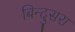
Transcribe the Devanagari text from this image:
बिन्दुसरा